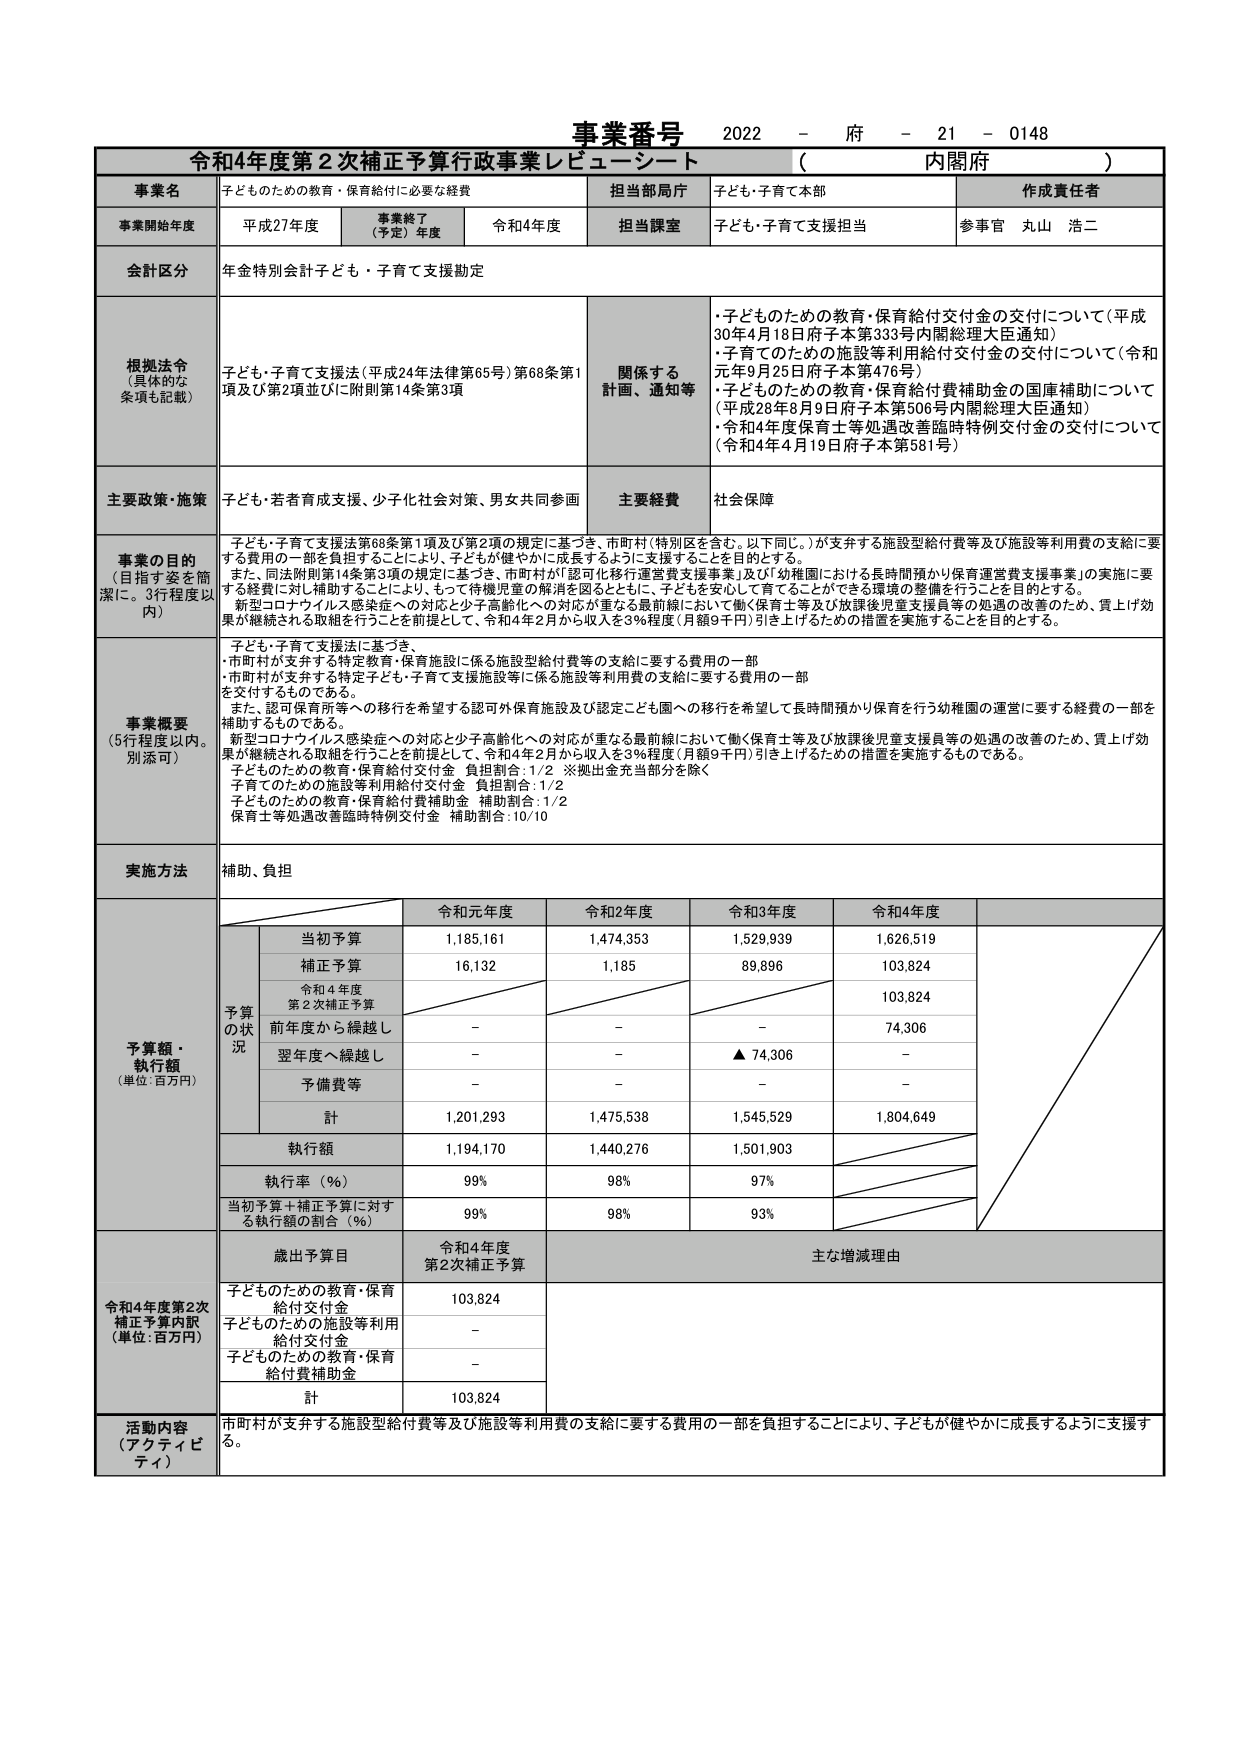
事業番号 2022 - 府 - 21 - 0148
令和4年度第2次補正予算行政事業レビューーシート （ 内閣府 ）

事業名 子どものための教育・保育給付に必要な経費
担当部局庁 子ども・子育て本部
作成責任者

事業開始年度 平成27年度
事業終了（予定）年度 令和4年度
担当課室 子ども・子育て支援担当
参事官 丸山 浩二

会計区分 年金特別会計子ども・子育て支援勘定

根拠法令（具体的な条項も記載）
子ども・子育て支援法（平成24年法律第65号）第68条第1項及び第2項並びに附則第14条第3項

関係する計画、通知等
・子どものための教育・保育給付交付金の交付について（平成30年4月18日府子本第333号内閣総理大臣通知）
・子育てのための施設等利用給付交付金の交付について（令和元年9月25日府子本第476号）
・子どものための教育・保育給付費補助金の国庫補助について（平成28年8月9日府子本第506号内閣総理大臣通知）
・令和4年度保育士等処遇改善臨時特別交付金の交付について（令和4年4月19日府子本第581号）

主要政策・施策 子ども・若者育成支援、少子化社会対策、男女共同参画
主要経費 社会保障

事業の目的（目指す姿を簡潔に。3行程度以内）
子ども・子育て支援法第68条第1項及び第2項の規定に基づき、市町村（特別区を含む。以下同じ。）が支弁する施設型給付費等及び施設等利用費の支給に要する費用の一部を負担することにより、子どもが健やかに成長するように支援することを目的とする。
また、同法附則第14条第3項の規定に基づき、市町村が「認可化移行運営費支援事業」及び「幼稚園における長時間預かり保育運営費支援事業」の実施に要する経費に対し補助することにより、もって待機児童の解消を図るとともに、子どもを安心して育てることができる環境の整備を行うことを目的とする。
新型コロナウイルス感染症への対応と少子高齢化への対応が重なる最前線において働く保育士等及び放課後児童支援員等の処遇の改善のため、賃上げ効果が継続される取組を行うことを前提として、令和4年2月から収入を3％程度（月額9千円）引き上げるための措置を実施することを目的とする。

事業概要（5行程程度以内。別添可）
・子ども・子育て支援法に基づき、
・市町村が支弁する特定教育・保育施設に係る施設型給付費等の支給に要する費用の一部
・市町村が支弁する特定子ども・子育て支援施設等に係る施設等利用費の支給に要する費用の一部
を交付するものである。
また、認可保育所等への移行を希望する認可外保育施設及び認定こども園への移行を希望して長時間預かり保育を行う幼稚園の運営に要する経費の一部を補助するものである。
新型コロナウイルス感染症への対応と少子高齢化への対応が重なる最前線において働く保育士等及び放課後児童支援員等の処遇の改善のため、賃上げ効果が継続される取組を行うことを前提として、令和4年2月から収入を3％程度（月額9千円）引き上げるための措置を実施するものである。
子どものための教育・保育給付交付金 負担割合：1/2 ※拠出金充当部分を除く
子育てのための施設等利用給付交付金 負担割合：1/2
子どものための教育・保育給付費補助金 補助割合：1/2
保育士等処遇改善臨時特別交付金 補助割合：10/10

実施方法 補助、負担

予算額・執行額（単位：百万円）
予算の状況
令和元年度 令和2年度 令和3年度 令和4年度
当初予算 1,185,161 1,474,353 1,529,939 1,626,519
補正予算 16,132 1,185 89,896 103,824
令和4年度 第2次補正予算 103,824
前年度から繰越し - - - 74,306
翌年度へ繰越し - - ▲ 74,306 -
予備費等 - - - -
計 1,201,293 1,475,538 1,545,529 1,804,649
執行額 1,194,170 1,440,276 1,501,903
執行率（％） 99% 98% 97%
当初予算＋補正予算に対する執行額の割合（％） 99% 98% 93%

令和4年度第2次補正予算内訳（単位：百万円）
歳出予算目 令和4年度 第2次補正予算 主な増減理由
子どものための教育・保育給付交付金 103,824
子どものための施設等利用給付交付金 -
子どものための教育・保育給付費補助金 -
計 103,824

活動内容（アクティビティ）
市町村が支弁する施設型給付費等及び施設等利用費の支給に要する費用の一部を負担することにより、子どもが健やかに成長するように支援する。